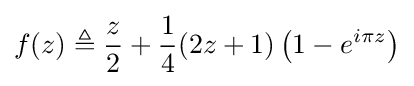
f(z)\triangleq {\frac {z}{2}}+{\frac {1}{4}}(2z+1)\left(1-e^{i\pi z}\right)